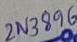
Text: 2N3896